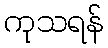
ကုသရန်